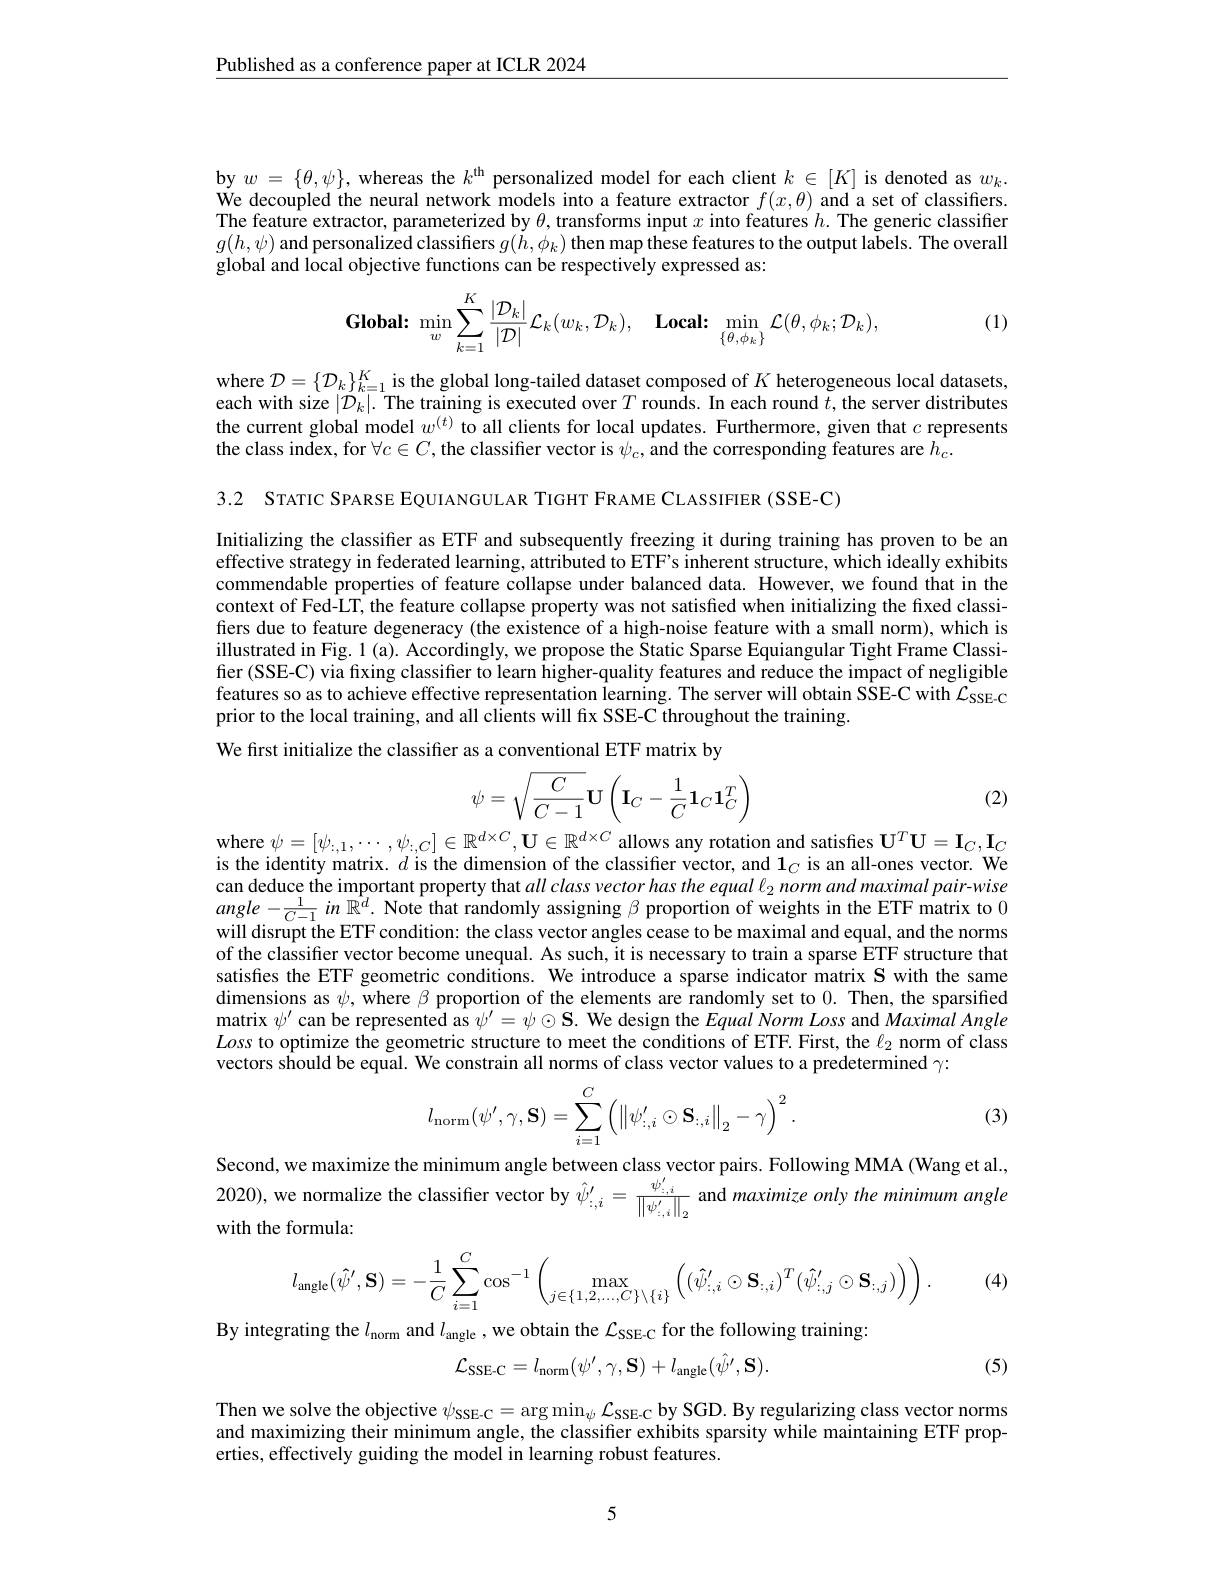
$\underline{\text{Published as a conference paper at ICLR 2024}}$

by $w=\{\theta,\psi\}$, whereas the $k^\mathrm{uh}$ personalized model for each client $k\in[K]$ is denoted as $w_k.$ We decoupled the neural network models into a feature extractor $f(x,\theta)$ and a set of classifiers. The feature extractor, parameterized by $\theta$, transforms input $x$ into features $h.$ The generic classifier $g(h,\psi)$ and personalized classifiers $g(\tilde{h},\phi_k)$ then map these features to the output labels. The overall global and local objective functions can be respectively expressed as:

(1)
$$\textbf{Global:}\min_{w}\sum\limits_{k=1}^{K}\frac{|\mathcal{D}_{k}|}{|\mathcal{D}|}\mathcal{L}_{k}(w_{k},\mathcal{D}_{k}),\quad\textbf{Local:}\min\limits_{\{\theta,\phi_{k}\}}\mathcal{L}(\theta,\phi_{k};\mathcal{D}_{k}),$$
where $\mathcal{D}=\{\mathcal{D}_k\}_{k=1}^K$ is the global long-tailed dataset composed of $K$ heterogeneous local datasets, each with size $|\mathcal{D}_k|.$ The training is executed over $T$ rounds. In each round $\tilde{t} $,the server distributes the current global model $w^{(t)}$ to all clients for local updates. Furthermore, given that $c$ represents the class index, for $\forall c\in C$, the classifier vector is $\psi_c$, and the corresponding features are $h_c.$

3.2 STATIC SPARSE EQUIANGULAR TIGHT FRAME CLASSIFIER (SSE-C)

Initializing the classifier as ETF and subsequently freezing it during training has proven to be an effective strategy in federated learning, attributed to ETF's inherent structure, which ideally exhibits commendable properties of feature collapse under balanced data. However, we found that in the context of Fed-LT, the feature collapse property was not satisfied when initializing the frxed classifiers due to feature degeneracy (the existence of a high-noise feature with a small norm), which is illustrated in Fig. 1 (a). Accordingly, we propose the Static Sparse Equiangular Tight Frame Classifier (SSE-C) via fixing classifier to learn higher-quality features and reduce the impact of negligible features so as to achieve effective representation learning. The server will obtain SSE-C with $\mathcal{L}_\mathrm{SSE-C}$ prior to the local training, and all clients will fix SSE-C throughout the training.
We first initialize the classifier as a conventional ETF matrix by
$$\psi=\sqrt{\dfrac{C}{C-1}}\mathbf{U}\left(\mathbf{I}_C-\dfrac{1}{C}\mathbf{1}_C\mathbf{1}_C^T\right)$$
where $\psi=[\psi_{:,1},\cdots,\psi_{:,C}]\in\mathbb{R}^{d\times C},\mathbf{U}\in\mathbb{R}^{d\times C}$ allows any rotation and satisfies $\mathbf{U}^T\mathbf{U}=\mathbf{I}_C,\mathbf{I}_C$

(2)

is the identity matrix. $d$ is the dimension of the classiffer vector, and $\mathbf{1}_C$ is an all-ones vector. We can deduce the important property that all class vector has the equal $\ell_2$ norm and maximal pair-wise $\begin{array}{c}angle-\frac{1}{C-1}in\:\hat{\mathbb{R}}^{d}.\:\text{Note that randomly assigning }\beta\:\text{proportion of weights in the ETF matrix to 0}\\\text{will disrupt the ETF condition: the class vector angles cease to be maximal and equal, and the norms}\end{array}$ of the classifier vector become unequal. As such, it is necessary to train a sparse ETF structure that satisfies the ETF geometric conditions. We introduce a sparse indicator matrix S with the same dimensions as $\psi$, where $\beta$ proportion of the elements are randomly set to 0. Then, the sparsified matrix $\psi^\prime$ can be represented as $\psi^\prime=\psi\odot\mathbf{S}.$ We design the Equal Norm Loss and Maximal Angle Loss to optimize the geometric structure to meet the conditions of ETF. First, the $\ell_2$ norm of class vectors should be equal. We constrain all norms of class vector values to a predetermined $\gamma{:}$
$$l_{\mathrm{norm}}(\psi',\gamma,\mathbf{S})=\sum_{i=1}^C\left(\left\|\psi'_{:,i}\odot\mathbf{S}_{:,i}\right\|_2-\gamma\right)^2.$$
(3)

Second, we maximize the minimum angle between class vector pairs. Following MMA (Wang et al., 2020), we normalize the classifier vector by $\hat{\psi}_{:,i}^{\prime}=\frac{\psi_{:,i}^{\prime}}{\left\|\psi_{:,i}^{\prime}\right\|_{2}}$ and maximize only the minimum angle with the formula:
$$l_{\text{angle}}(\hat{\psi}',\mathbf{S})=-\dfrac{1}{C}\sum\limits_{i=1}^{C}\cos^{-1}\left(\max\limits_{j\in\{1,2,\dots,C\}\setminus\{i\}}\left((\hat{\psi}'_{:,i}\odot\mathbf{S}_{:,i})^T(\hat{\psi}'_{:,j}\odot\mathbf{S}_{:,j})\right)\right).$$
(4)

By integrating the $l_\mathrm{norm}$ and $l_\mathrm{angle}$, we obtain the $\mathcal{L}_\mathrm{SSE-C}$ for the following training:
$$\mathcal{L}_{\mathrm{SSE-C}}=l_{\mathrm{norm}}(\psi^{\prime},\gamma,\mathbf{S})+l_{\mathrm{angle}}(\hat{\psi^{\prime}},\mathbf{S}).$$
(5)

Then we solve the objective $\psi_\mathrm{SSE-C}=\arg\min_\psi\mathcal{L}_\mathrm{SSE-C}$ by SGD. By regularizing class vector norms and maximizing their minimum angle, the classifier exhibits sparsity while maintaining ETF properties, effectively guiding the model in learning robust features.

5